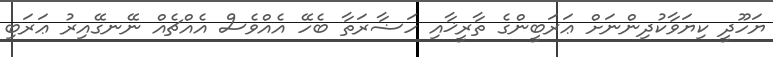
ޔަހޫދީ ކިޔަވާކުދިންނަށް ޢަރަބީންގެ ތާރީޚާއި ހަޟާރަތާ ބެހޭ އެއްވެސް އެއްޗެއް ނޭނގޭއިރު ޢަރަބި